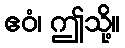
ဧဝံ၊ ဤသို့။